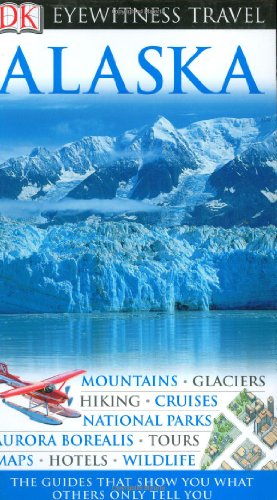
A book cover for Alaska (Eyewitness Travel Guides); Travel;